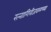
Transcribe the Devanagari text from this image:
रत्‍नागिरीजवळच्या